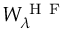
W _ { \lambda } ^ { \mathrm { ~ H ~ F ~ } }